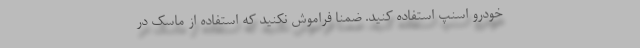
خودرو اسنپ استفاده کنید. ضمنا فراموش نکنید که استفاده از ماسک در